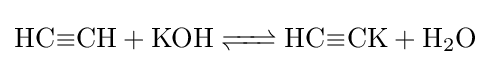
{\ce {HC#CH + KOH <=> HC#CK + H2O}}